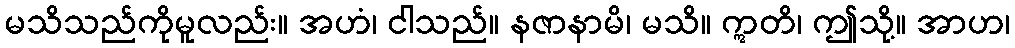
မသိသည်ကိုမူလည်း။ အဟံ၊ ငါသည်။ နဇာနာမိ၊ မသိ။ ဣတိ၊ ဤသို့။ အာဟ၊